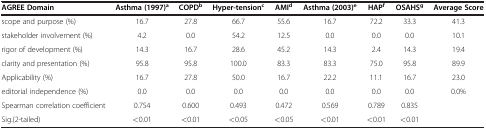
<table><thead><tr><td><b>AGREE Domain</b></td><td><b>Asthma (1997)<sup>a</sup></b></td><td><b>COPD<sup>b</sup></b></td><td><b>Hyper-tension<sup>c</sup></b></td><td><b>AMI<sup>d</sup></b></td><td><b>Asthma (2003)<sup>e</sup></b></td><td><b>HAP<sup>f</sup></b></td><td><b>OSAHS<sup>g</sup></b></td><td><b>Average Score</b></td></tr></thead><tbody><tr><td>scope and purpose (%)</td><td>16.7</td><td>27.8</td><td>66.7</td><td>55.6</td><td>16.7</td><td>72.2</td><td>33.3</td><td>41.3</td></tr><tr><td>stakeholder involvement (%)</td><td>4.2</td><td>0.0</td><td>54.2</td><td>12.5</td><td>0.0</td><td>0.0</td><td>0.0</td><td>10.1</td></tr><tr><td>rigor of development (%)</td><td>14.3</td><td>16.7</td><td>28.6</td><td>45.2</td><td>14.3</td><td>2.4</td><td>14.3</td><td>19.4</td></tr><tr><td>clarity and presentation (%)</td><td>95.8</td><td>95.8</td><td>100.0</td><td>83.3</td><td>83.3</td><td>75.0</td><td>95.8</td><td>89.9</td></tr><tr><td>Applicability (%)</td><td>16.7</td><td>27.8</td><td>50.0</td><td>16.7</td><td>22.2</td><td>11.1</td><td>16.7</td><td>23.0</td></tr><tr><td>editorial independence (%)</td><td>0.0</td><td>0.0</td><td>0.0</td><td>0.0</td><td>0.0</td><td>0.0</td><td>0.0</td><td>0.0%</td></tr><tr><td>Spearman correlation coefficient</td><td>0.754</td><td>0.600</td><td>0.493</td><td>0.472</td><td>0.569</td><td>0.789</td><td>0.835</td><td> </td></tr><tr><td>Sig.(2-tailed)</td><td>&lt;0.01</td><td>&lt;0.01</td><td>&lt;0.05</td><td>&lt;0.05</td><td>&lt;0.01</td><td>&lt;0.01</td><td>&lt;0.01</td><td> </td></tr></tbody></table>